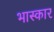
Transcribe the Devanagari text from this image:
भास्कार